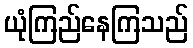
ယုံကြည်နေကြသည်